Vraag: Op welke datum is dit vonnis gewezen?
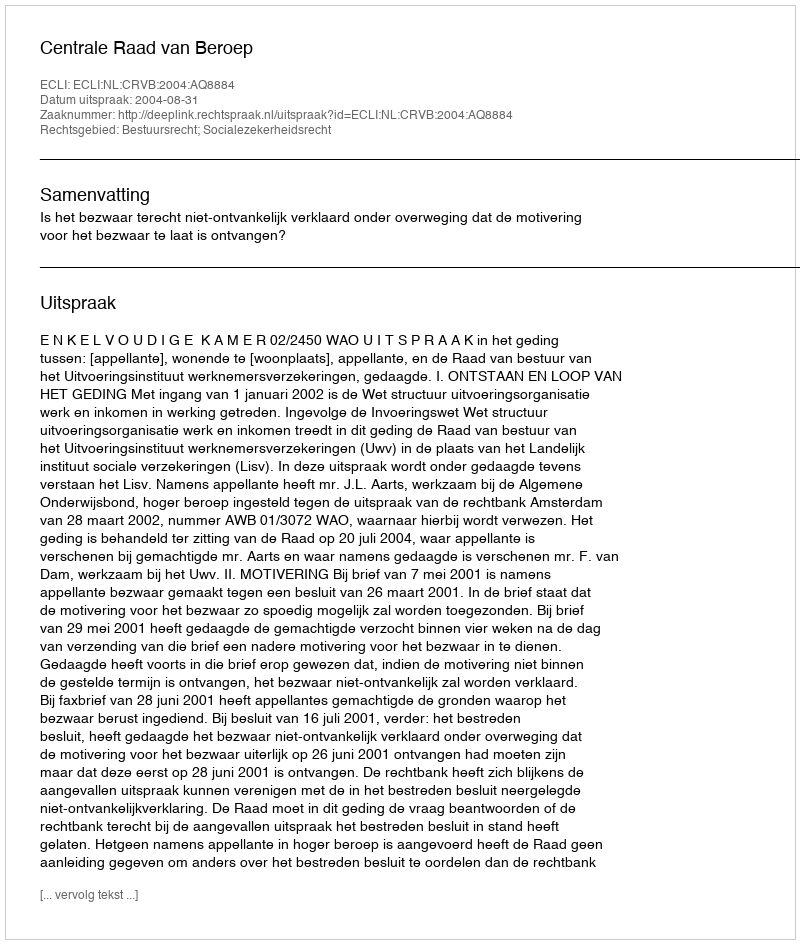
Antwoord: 2004-08-31